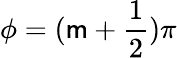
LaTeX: \phi=(\mathsf{m}+\frac{{1}}{{2}})\pi